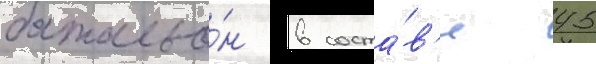
батальо́н в соста́в'е 45